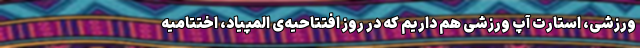
ورزشی، استارت آپ ورزشی هم داریم که در روز افتتاحیه‌ی المپیاد، اختتامیه